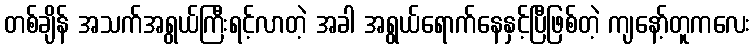
တစ်ချိန် အသက်အရွယ်ကြီးရင့်လာတဲ့ အခါ အရွယ်ရောက်နေနှင့်ပြီဖြစ်တဲ့ ကျနော့်တူကလေး